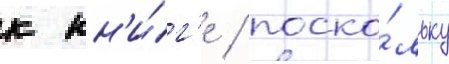
к кн'и́г'е / поско́льку